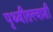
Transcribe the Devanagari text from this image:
पृथ्वीतत्त्वाशी